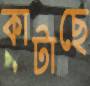
কাটাছে